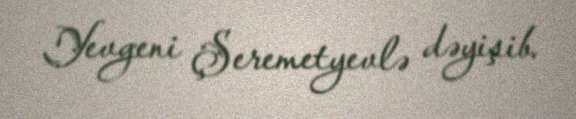
Yevgeni Şeremetyevlə dəyişib.